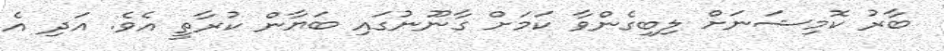
ބާރު ކޮމިޝަނަށް ލިބިގެންވާ ކަމަށް ގާނޫނުގައި ބަޔާން ކުރާތީ އެވެ. އަދި އެ